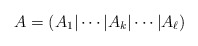
\begin{align*}A = (A_1| \cdots |A_k|\cdots |A_{\ell}) \end{align*}